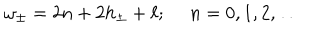
\omega _ { \pm } = 2 n + 2 h _ { \pm } + \ell ; ~ ~ n = 0 , 1 , 2 , \ldots